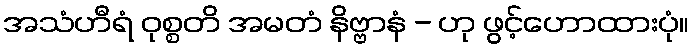
အသံဟီရံ ဝုစ္စတိ အမတံ နိဗ္ဗာနံ - ဟု ဖွင့်ဟောထားပုံ။